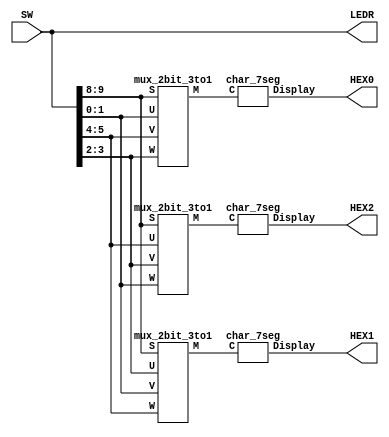
// Implements a circuit that can display different 3-letter words on three 7-segment
// displays. The character selected for each display is chosen by
// a multiplexer, and these multiplexers are connected to the characters
// in a way that allows a word to be rotated across the displays from
// right-to-left as the multiplexer select lines are changed through the
// sequence 00, 01, 10, 00, etc. Using the three characters d,
// E, 1, the displays can scroll any 3-letter word using these letters, such 
// as "dE1", as follows:
//
// SW  9  8    Displayed characters
//     0  0    dE1
//     0  1    E1d
//     1  0    1dE
//
// inputs: SW9-8 provide the multiplexer select lines
//         SW5-0 provide three 2-bit codes used to select characters
// outputs: LEDR shows the states of the switches
//          HEX2 - HEX0 displays the characters
module part5 (SW, LEDR, HEX2, HEX1, HEX0);
	input [9:0] SW;				// toggle switches
	output [9:0] LEDR;			// red LEDs
	output [0:6] HEX2, HEX1, HEX0;	// 7-seg displays

	assign LEDR = SW;

	wire [1:0] Ch_Sel, Ch1, Ch2, Ch3;
	wire [1:0] H2_Ch, H1_Ch, H0_Ch;
	assign Ch_Sel = SW[9:8];
	assign Ch1 = SW[5:4];
	assign Ch2 = SW[3:2];
	assign Ch3 = SW[1:0];	

	// instantiate module mux_2bit_3to1 (S, U, V, W, M);
	mux_2bit_3to1 M2 (Ch_Sel, Ch1, Ch2, Ch3, H2_Ch);
	mux_2bit_3to1 M1 (Ch_Sel, Ch2, Ch3, Ch1, H1_Ch);
	mux_2bit_3to1 M0 (Ch_Sel, Ch3, Ch1, Ch2, H0_Ch);
	

	// instantiate module char_7seg (C, Display);
	char_7seg H2 (H2_Ch, HEX2);
	char_7seg H1 (H1_Ch, HEX1);
	char_7seg H0 (H0_Ch, HEX0);
endmodule

// Implements a 2-bit wide 3-to-1 multiplexer
module mux_2bit_3to1 (S, U, V, W, M);
	input [1:0] S, U, V, W;
	output [1:0] M;
	wire  m_0, m_1;	// intermediate multiplexers

	// 3-to-1 multiplexer for bit 0
	assign m_0 = (~S[0] & U[0]) | (S[0] & V[0]);	
	assign M[0] = (~S[1] & m_0) | (S[1] & W[0]); // 3-to-1 multiplexer output

	// 3-to-1 multiplexer for bit 1
	assign m_1 = (~S[0] & U[1]) | (S[0] & V[1]);	
	assign M[1] = (~S[1] & m_1) | (S[1] & W[1]); // 3-to-1 multiplexer output
	
	
endmodule	

// Converts 2-bit input code on C1-0 into 7-bit code that produces
// a character on a 7-segment display. The conversion is defined by:
// 	 C 1 0	Char
// 	----------------
// 	   0 0	'd'
// 	   0 1	'E'
// 	   1 0	'1'
// 	   1 1	' ' Blank
//
//    
//
module char_7seg (C, Display);
	input [1:0] C;		// input code
	output [0:6] Display;	// output 7-seg code

	/*
	 *       0  
	 *      ---  
	 *     |   |
	 *    5|   |1
	 *     | 6 |
	 *      ---  
	 *     |   |
	 *    4|   |2
	 *     |   |
	 *      ---  
	 *       3  
	 */
	// the following equations describe display functions in cannonical SOP form
	assign Display[0] = ~(~C[1] & C[0]); 
	assign Display[1] = C[0];
	assign Display[2] = C[0];
	assign Display[3] = C[1];
	assign Display[4] = C[1];
	assign Display[5] = ~(~C[1] & C[0]); 
	assign Display[6] = C[1];
endmodule